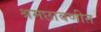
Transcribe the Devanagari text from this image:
श्रमछावणीत